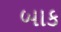
બાક